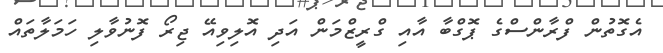
އެގޮތުން ފްރާންސްގެ ޕޮގްބާ އާއި ގްރީޒްމަން އަދި އޮލިވިއޭ ޖިރޯ ފޮނުވާލި ހަމަލާތައް